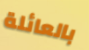
بالعائلة